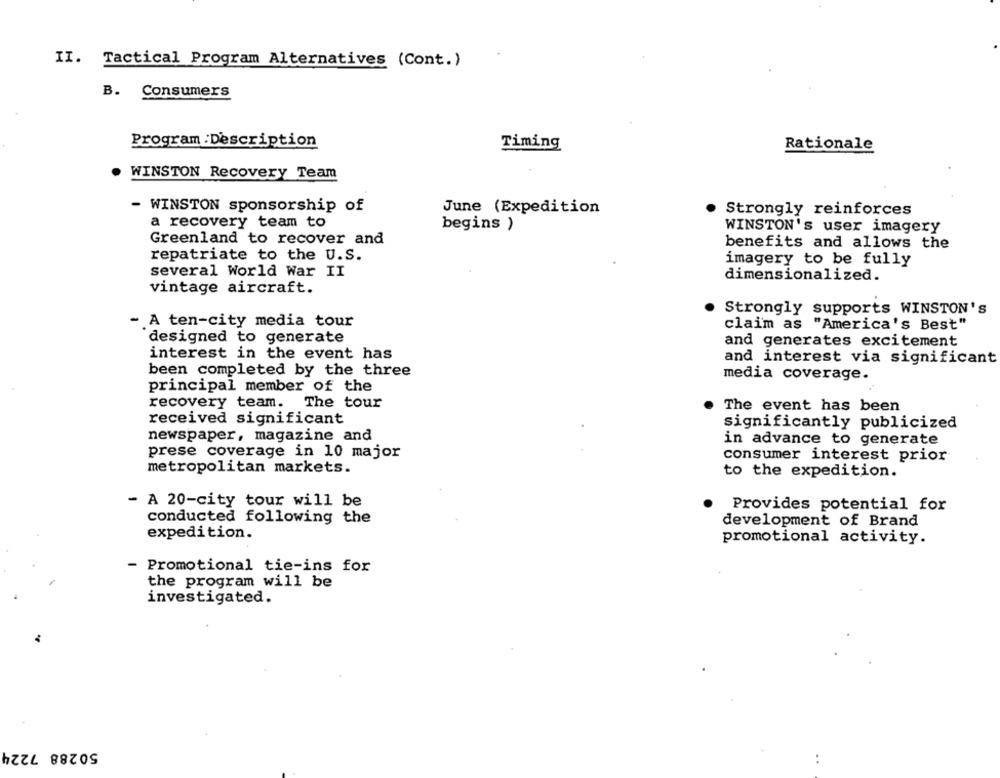
II.
Tactical Program Alternatives (Cont.)
B.
Consumers
Program :Description
Timing
Rationale
WINSTON Recovery Team
- WINSTON sponsorship of
June (Expedition
Strongly reinforces
a recovery team to
begins )
WINSTON's user imagery
Greenland to recover and
benefits and allows the
repatriate to the U.S.
imagery to be fully
several World War II
dimensionalized.
vintage aircraft.
Strongly supports WINSTON's
- A ten-city media tour
claim as "America's Best"
designed to generate
and generates excitement
interest in the event has
and interest via significant
been completed by the three
media coverage.
principal member of the
recovery team. The tour
The event has been
received significant
significantly publicized
newspaper, magazine and
in advance to generate
prese coverage in 10 major
consumer interest prior
metropolitan markets.
to the expedition.
- A 20-city tour will be
Provides potential for
conducted following the
development of Brand
expedition.
promotional activity.
Promotional tie-ins for
the program will be
investigated.
50288 7224